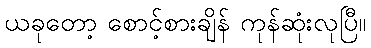
ယခုတော့ စောင့်စားချိန် ကုန်ဆုံးလုပြီ။